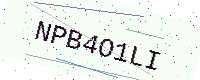
Text: NPB4O1LI